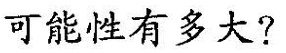
可能性有多大?